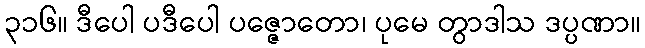
၃၁၆။ ဒီပေါ ပဒီပေါ ပဇ္ဇောတော၊ ပုမေ တွာဒါသ ဒပ္ပဏာ။